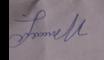
Signature authenticity: genuine